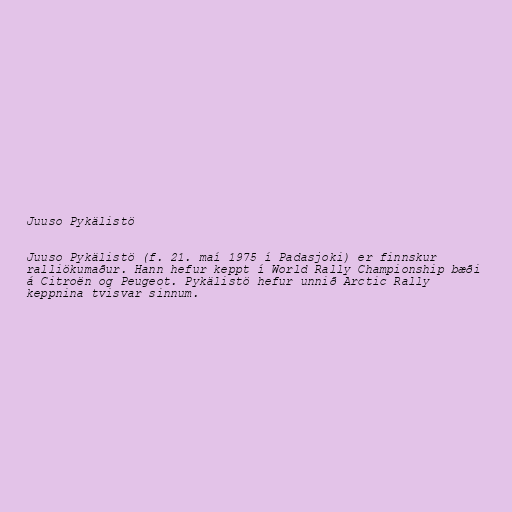
Juuso Pykälistö

Juuso Pykälistö (f. 21. maí 1975 í Padasjoki) er finnskur
ralliökumaður. Hann hefur keppt í World Rally Championship bæði
á Citroën og Peugeot. Pykälistö hefur unnið Arctic Rally
keppnina tvisvar sinnum.